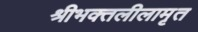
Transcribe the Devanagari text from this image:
श्रीभक्तलीलामृत